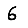
Digit: 6